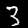
Label: 3